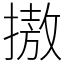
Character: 𢳆